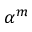
\alpha ^ { m }